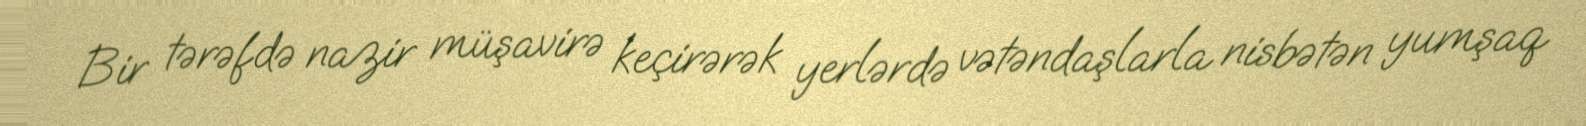
Bir tərəfdə nazir müşavirə keçirərək yerlərdə vətəndaşlarla nisbətən yumşaq